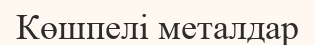
Көшпелі металдар